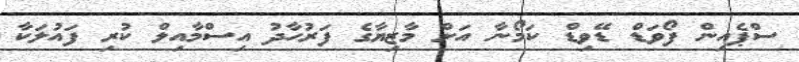
ސްޕެއިން ފޯވަޑް ޑޭވިޑް ކަމޯނާ އަށް މާޒިޔާގެ ފަރުހާދު އިސްމާއިލް ކުރި ފައުލަކާ